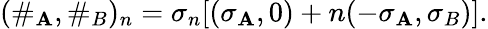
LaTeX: (\# _{\mathbf{A}},\# _{B})_{n}=\sigma_{n}[(\sigma_{\mathbf{A}},0)+n(-\sigma_{\mathbf{A}},\sigma_{B})].